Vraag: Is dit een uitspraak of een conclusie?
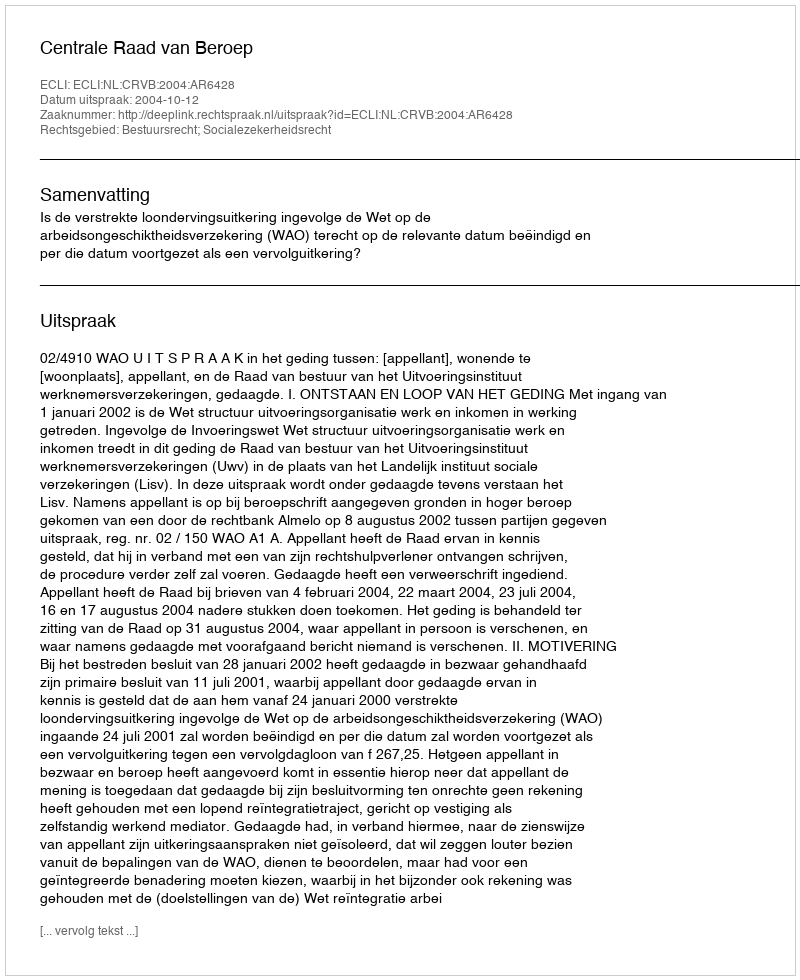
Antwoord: Uitspraak